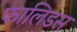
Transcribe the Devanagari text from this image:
फालिडस